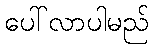
ပေါ်လာပါမည်